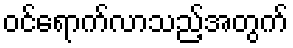
ဝင်ရောက်လာသည့်အတွက်